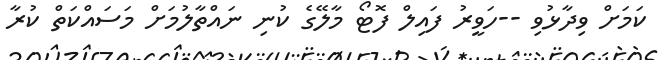
ކަމަށް ވިދާޅުވި --ހަވީރު ފައިލް ފޮޓޯ މާލޭގެ ކުނި ނައްތާލުމަށް މަސައްކަތް ކުރާ